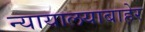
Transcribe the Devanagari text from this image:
न्यायालयाबाहेर